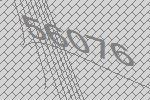
56076